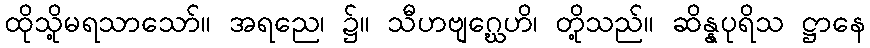
ထိုသို့မရသာသော်။ အရညေ၊ ၌။ သီဟဗျဂ္ဃေဟိ၊ တို့သည်။ ဆိန္နပုရိသ ဋ္ဌာနေ